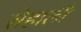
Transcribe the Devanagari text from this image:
सेहाली